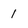
Character: 1